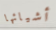
أشيائها